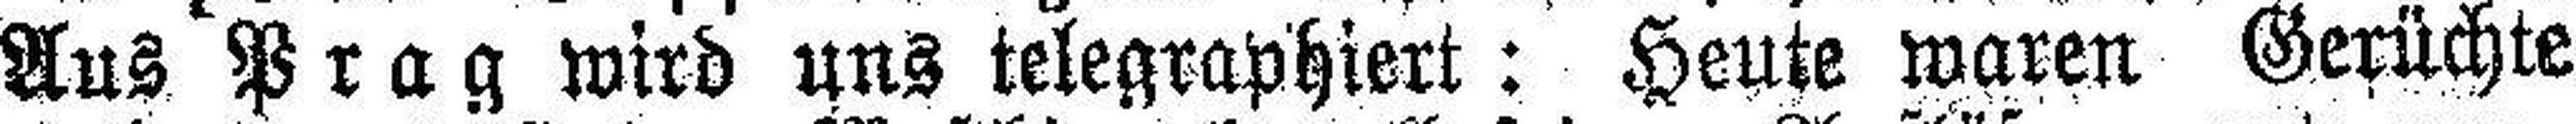
Aus Prag wird uns telegraphiert: Heute waren Gerüchte